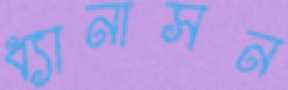
ধ্যানাসন